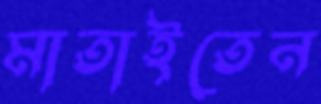
মাতাইতেন